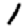
Digit: 1